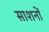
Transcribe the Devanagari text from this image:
साशनों